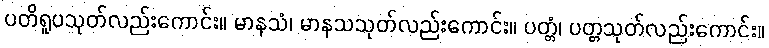
ပတိရူပသုတ်လည်းကောင်း။ မာနသံ၊ မာနသသုတ်လည်းကောင်း။ ပတ္တံ၊ ပတ္တသုတ်လည်းကောင်း။